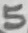
Text: 5